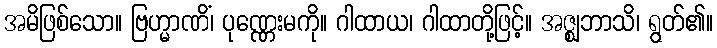
အမိဖြစ်သော။ ဗြဟ္မာဏိံ၊ ပုဏ္ဏေးမကို။ ဂါထာယ၊ ဂါထာတို့ဖြင့်။ အဇ္ဈဘာသိ၊ ရွတ်၏။